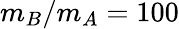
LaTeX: m_{B}/m_{A}=100